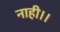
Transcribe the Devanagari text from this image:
नाही।।